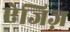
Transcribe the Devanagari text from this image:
ऐजिज़